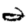
Digit: 2